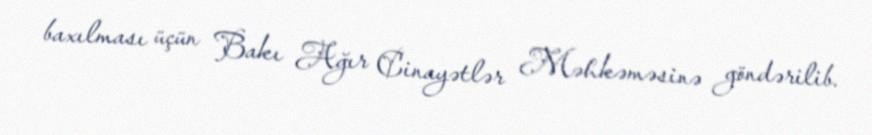
baxılması üçün Bakı Ağır Cinayətlər Məhkəməsinə göndərilib.